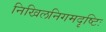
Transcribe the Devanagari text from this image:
निखिलनिगमदृष्टिः